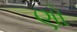
ણો